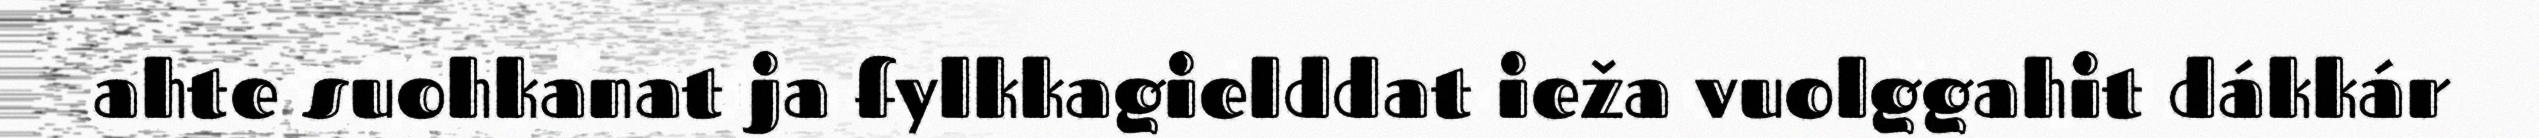
ahte suohkanat ja fylkkagielddat ieža vuolggahit dákkár